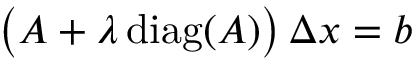
{ \big ( } A + \lambda \operatorname { d i a g } ( A ) { \big ) } \, \Delta x = b